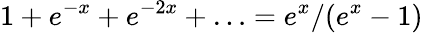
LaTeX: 1+e^{-x}+e^{-2x}+\ldots=e^{x}/(e^{x}-1)